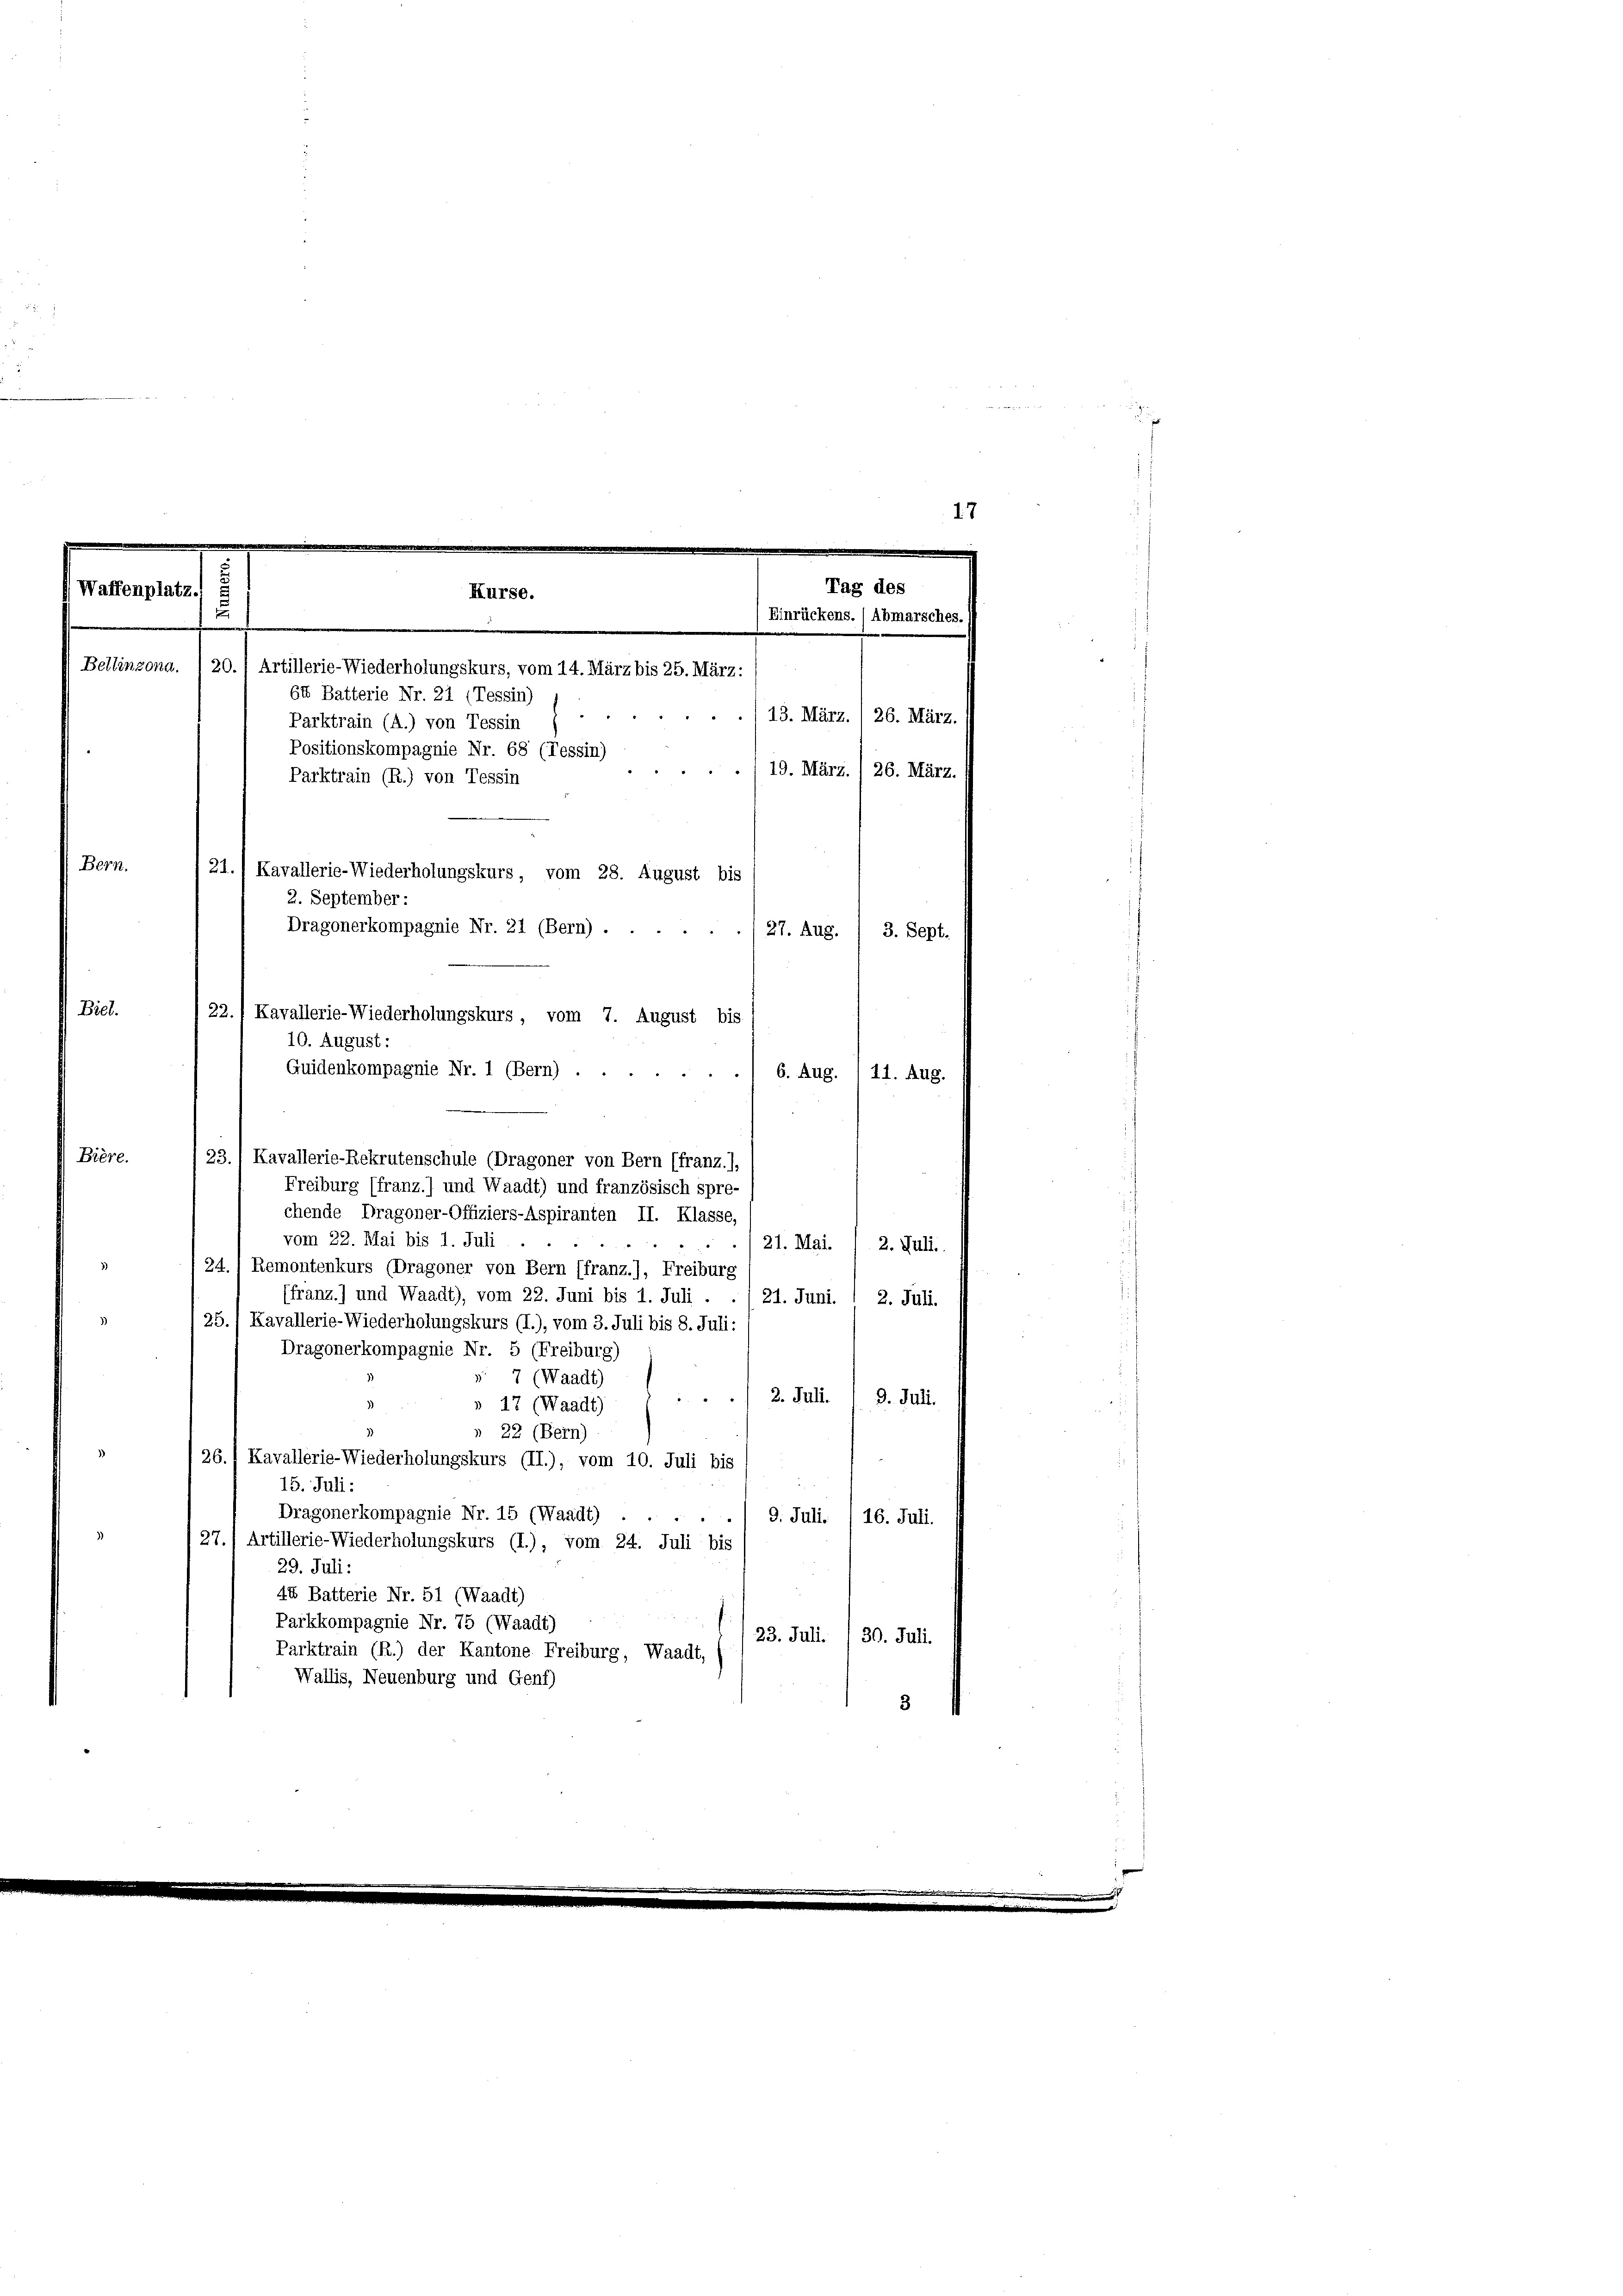
17

Bière.
23./ Kavallerie-Rekrutenschule (Dragoner von Bern (franz.),
Freiburg (franz.) und Waadt) und französisch spre-
chende Dragoner-Offiziers-Aspiranten II. Klasse,
vom 22. Mai bis 1. Juli
21. Mai. / 2. Juli.
24. 1 Remontenkurs (Dragoner von Bern (franz.), Freiburg
ffranz.) und Waadt), vom 22. Juni bis 1. Juli
21. Juni. 1 2. Juli.
25.) Kavallerie-Wiederholungskurs (I.), vom 3. Juli bis 8. Juli:
Dragonerkompagnie Nr. 5 (Freiburg)
7 (Waadt)
2. Juli.
 2
9. Juli.
17 (Waadt)
22 (Bern)
/26./ Kavallerie-Wiederholungskurs (II.), vom 10. Juli bis
15. Juli:
Dragonerkompagnie Nr. 15 (Waadt)
u
9. Juli. /16. Juli.
27., Artillerie-Wiederholungskurs (I.), vom 24. Juli bis
29. Juli:
44 Batterie Nr. 51 (Waadt)
Parkkompagnie Nr. 75 (Waadt)
23. Juli. I 30. Juli.
Parktrain (R.) der Kantone Freiburg, Waadt,
Wallis, Neuenburg und Genf)
3

Tag des
Waffenplatz.
Kurse.
u
Einrückens. / Abmarsches.
Bellinzona. I 20.) Artillerie-Wiederholungskurs, vom 14. März bis 25. März:
64 Batterie Nr. 21 (Tessin)
Parktrain (A.) von Tessin
Positionskompagnie Nr. 68 (Tessin)
Parktrain (R.) von Tessin
Bern.
21., Kavallerie-Wiederholungskurs, vom 28. August bis
2. September:
Dragonerkompagnie Nr. 21 (Bern) . .
27. Aug. / 3. Sept.
Biel.
22.1 Kavallerie-Wiederholungskurs, vom 7. August bis
10. August:
Guidenkompagnie Nr. 1 (Bern) .
6. Aug. 111. Aug.

13. März. /26. März.
19. März. /26. März.